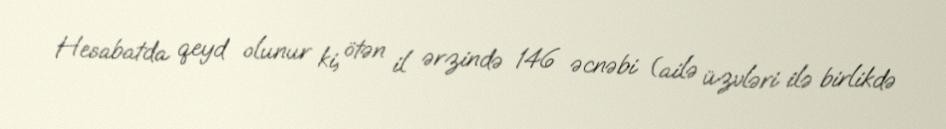
Hesabatda qeyd olunur ki, ötən il ərzində 146 əcnəbi (ailə üzvləri ilə birlikdə